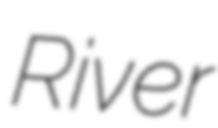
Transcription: River